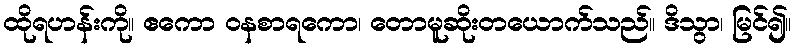
ထိုရဟန်းကို။ ဧကော ဝနစာရကော၊ တောမူဆိုးတယောက်သည်။ ဒိသွာ၊ မြင်၍။